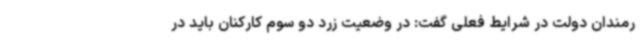
رمندان دولت در شرایط فعلی گفت: در وضعیت زرد دو سوم کارکنان باید در